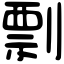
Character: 剽